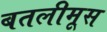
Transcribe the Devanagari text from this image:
बतलीमूस